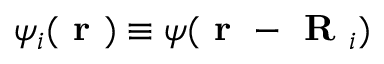
\psi _ { i } ( \textbf { r } ) \equiv \psi ( \textbf { r } - \textbf { R } _ { i } )